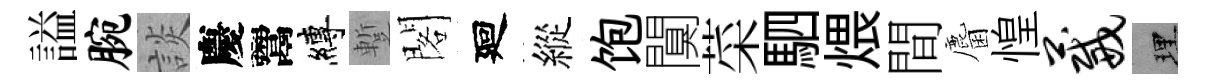
謚腕談慶鬻縛蹔閣廻縱饱闃菜駟煨間麕惶葳理